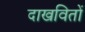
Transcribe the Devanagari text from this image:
दाखवितों